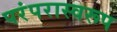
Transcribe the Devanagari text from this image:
परंपरास्वरूप